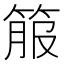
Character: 箙